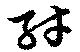
紂